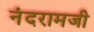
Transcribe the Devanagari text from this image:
नंदरामजी